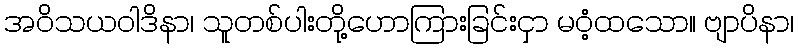
အဝိသယဝါဒိနာ၊ သူတစ်ပါးတို့ဟောကြားခြင်းငှာ မဝံ့ထသော။ ဗျာပိနာ၊